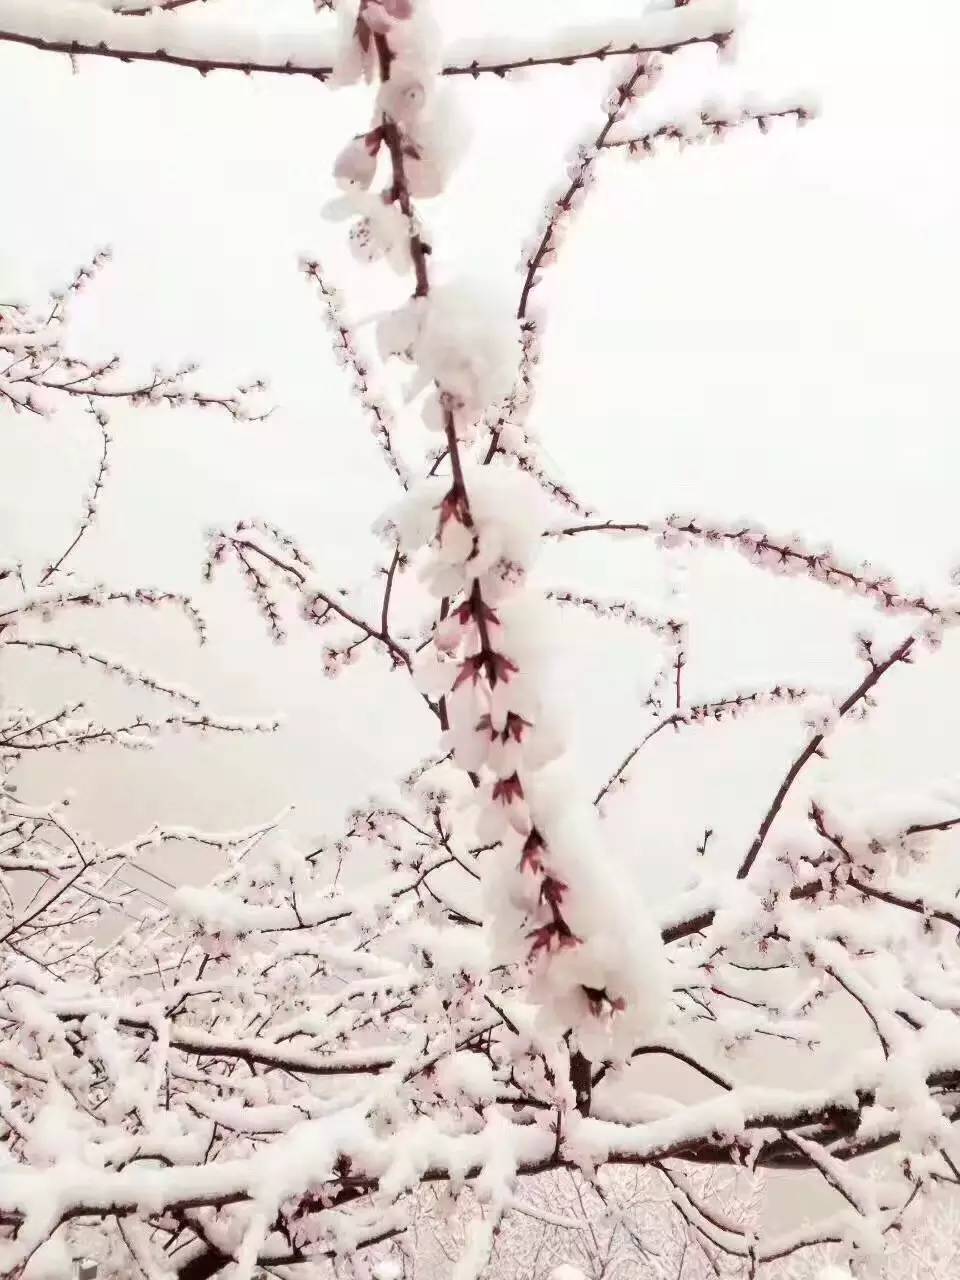
天仙碧玉琼瑶，点点扬花，片片鹅毛。